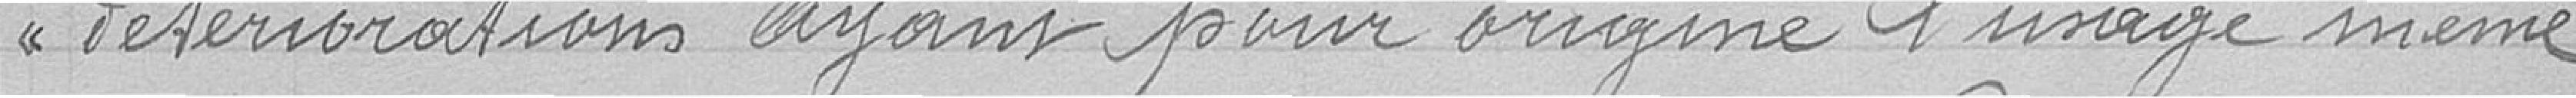
détériorations ayant pour origine l'usage même